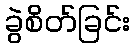
ခွဲစိတ်ခြင်း